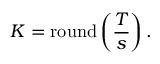
K = \operatorname { r o u n d } \left( { \frac { T } { s } } \right) .